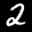
Label: 2